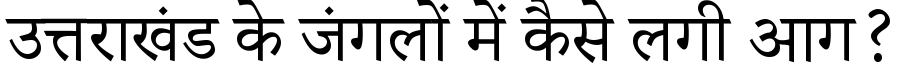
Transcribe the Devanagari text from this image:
उत्तराखंड के जंगलों में कैसे लगी आग?